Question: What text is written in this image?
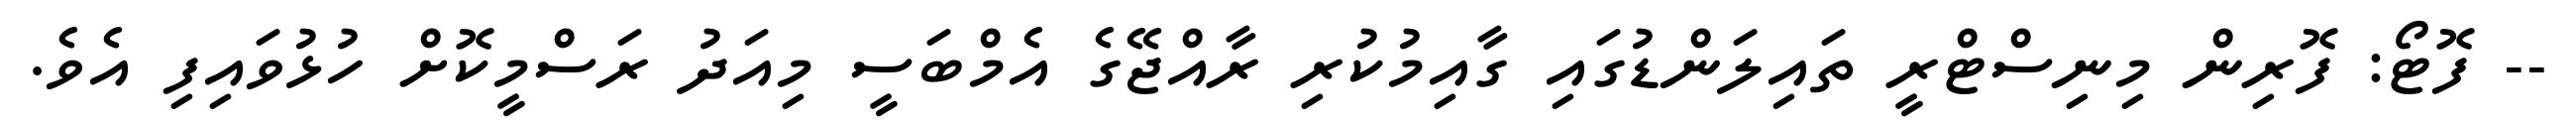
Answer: -- ފޮޓޯ: ފޮރިން މިނިސްޓްރީ ތައިލަންޑުގައި ގާއިމުކުރި ރާއްޖޭގެ އެމްބަސީ މިއަދު ރަސްމީކޮށް ހުޅުވައިފި އެވެ.